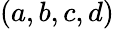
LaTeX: (a,b,c,d)